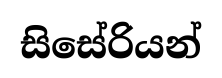
සිසේරියන්